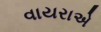
વાયરાએ